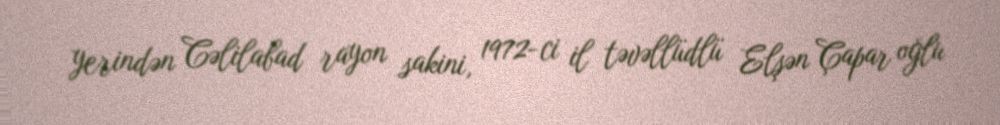
yerindən Cəlilabad rayon sakini, 1972-ci il təvəllüdlü Elşən Çapar oğlu